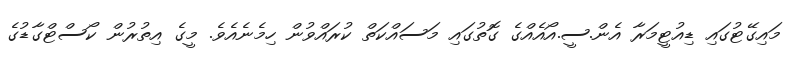
މައިގޭޓުގައި ޑިއުޓީމަރާ އެން.ސީ.އޯއެއްގެ ގޮތުގައި މަސައްކަތް ކުރައްވުން ހިމެނެއެވެ. މީގެ އިތުރުން ކޯސްޓްގާޑުގެ